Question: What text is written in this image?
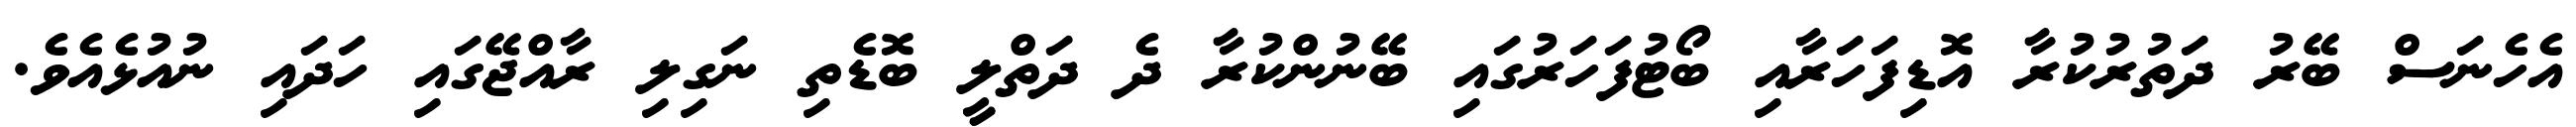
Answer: އެހެނަސް ބޭރު ދަތުރުކުރާ އޮޑިފަހަރާއި ބޯޓުފަހަރުގައި ބޭނުންކުރާ ދެ ދަތްލީ ބޮޑެތި ނަގިލި ރާއްޖޭގައި ހަދައި ނުއުޅެއެވެ.